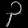
Digit: ၃